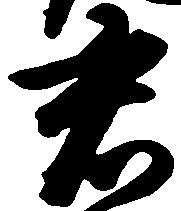
君